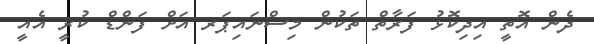
ދެން އޮތީ އިދިކޮޅު ފަރާތް ތަކުން މިސްނައިޕަރ އަށް ފަންޑް ކުރީ އެއީ